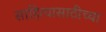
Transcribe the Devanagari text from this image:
साहित्यासाठीच्या